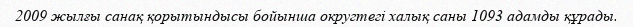
2009 жылғы санақ қорытындысы бойынша округтегі халық саны 1093 адамды құрады.